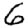
Digit: 6